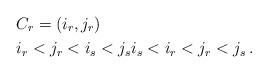
LaTeX: \begin{align*} &C_r=(i_r,j_r) \\ & i_r<j_r<i_s<j_s i_s<i_r<j_r<j_s\,.\end{align*}